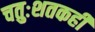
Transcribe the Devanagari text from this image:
चतुःशतकही